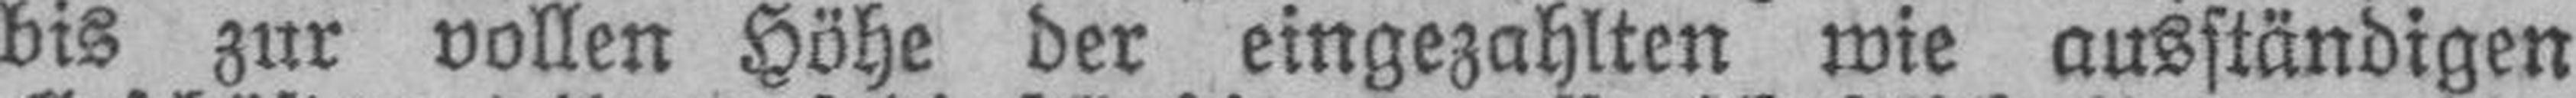
bis zur vollen Höhe der eingezahlten wie ausständigen